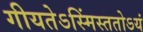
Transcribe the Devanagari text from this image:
गीयतेऽस्मिंस्ततोऽयं